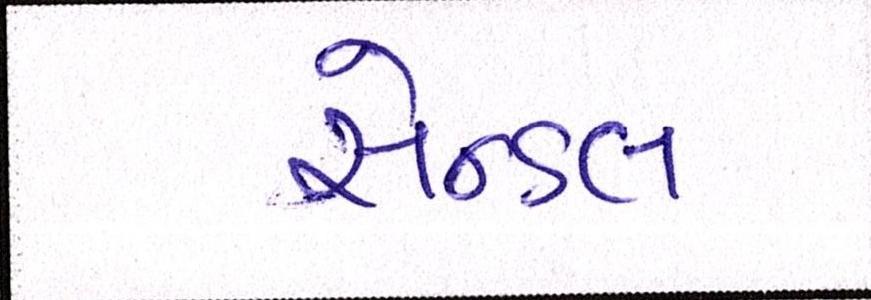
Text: સેન્ડલ